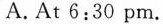
A.At6:30pm.